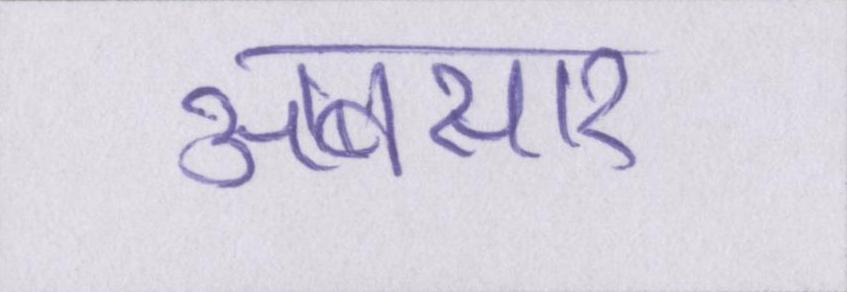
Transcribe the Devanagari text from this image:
अबसार